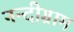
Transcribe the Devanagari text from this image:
नन्दीग्राम